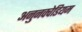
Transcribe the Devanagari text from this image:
अनुनक्वेडियम